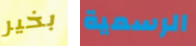
بخير الرسمية